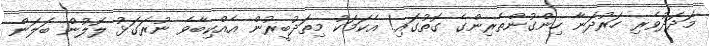
މަދަދުވެރި ހަރުދަނާ ހިންގުންތެރިންގެ ގޮތުގައި! އެކަމަކު މިތަދުބީރުން އެއްކިބާވެ ނުރަގަޅު ލޮލުން ބަލަން